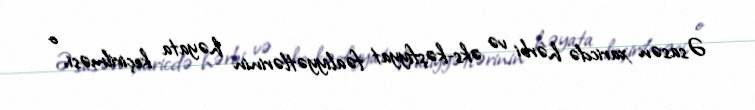
Əsasən xaricdə hərbi və əks-kəşfiyyat fəaliyyətlərinin həyata keçirilməsi, o